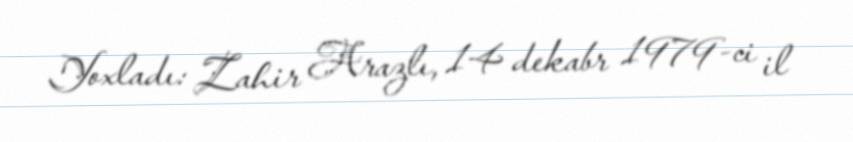
Yoxladı: Zahir Arazlı, 14 dekabr 1979-ci il